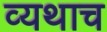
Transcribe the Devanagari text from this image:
व्यथाच